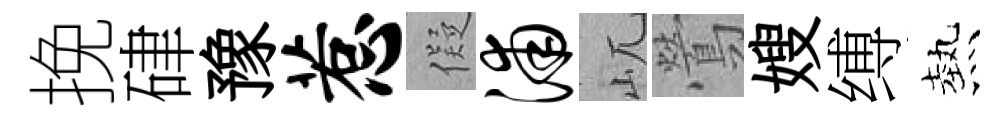
挽硉豫惹儗浦屼鶯嫂缚熱